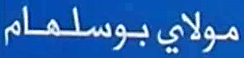
مولايبوسلمام